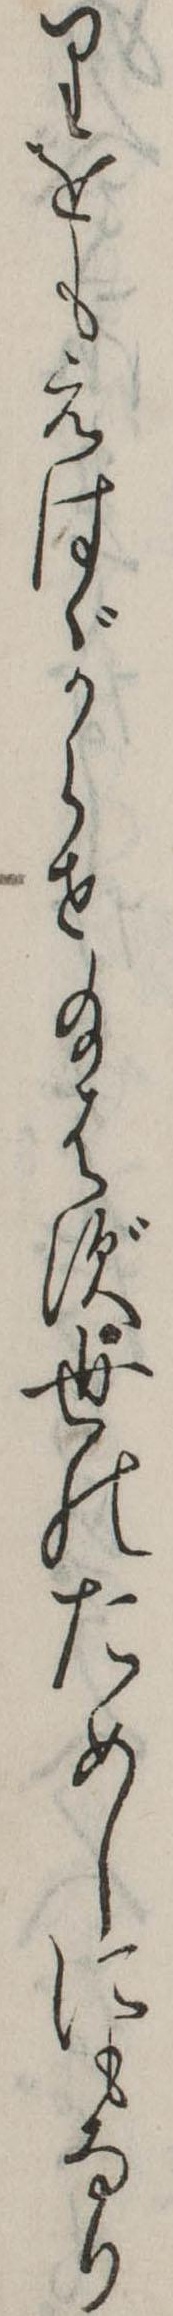
りをもえはゞからせ給はず世のためしにもなり